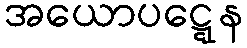
အယောပဋ္ဋေန